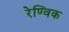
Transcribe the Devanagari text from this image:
रेण्विक